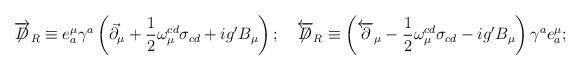
LaTeX: \begin{align*}\overrightarrow{\not\!\!D}_{R}\equiv e^{\mu}_{a}\gamma^{a}\left(\vec{\partial}_{\mu}+\frac{1}{2}\omega_{\mu}^{cd}\sigma_{cd}+ig^{\prime}B_{\mu}\right); \quad\overleftarrow{\not\!\!D}_{R}\equiv\left(\overleftarrow{\partial}_{\mu}-\frac{1}{2}\omega_{\mu}^{cd}\sigma_{cd}-ig^{\prime}B_{\mu}\right)\gamma^{a}e_{a}^{\mu};\end{align*}